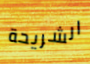
الشريحة